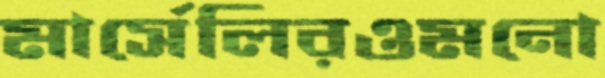
মার্সেলিরওমনো